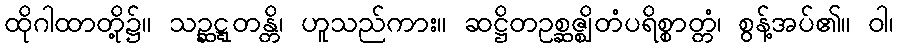
ထိုဂါထာတို့၌။ သဉ္ဆဋ္ဋတန္တိ၊ ဟူသည်ကား။ ဆဋ္ဌိတဥစ္ဆဇ္ဈိတံပရိစ္စာတ္တံ၊ စွန့်အပ်၏။ ဝါ၊